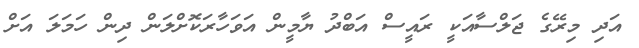
އަދި މިރޭގެ ޖަލްސާއަކީ ރައީސް އަބްދު ޔާމީން އަވަހާރަކޮށްލަން ދިން ހަަމަލަ އަށް